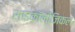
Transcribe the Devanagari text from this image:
साइकॉलोजिकल